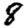
Digit: 8